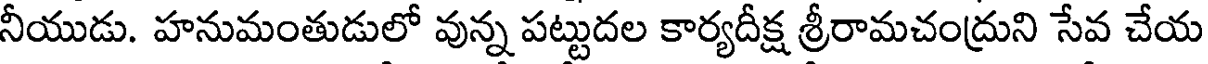
నీయుడు. హనుమంతుడులో వున్న పట్టుదల కార్యదీక్ష శ్రీరామచంద్రుని సేవ చేయ